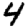
Digit: 4